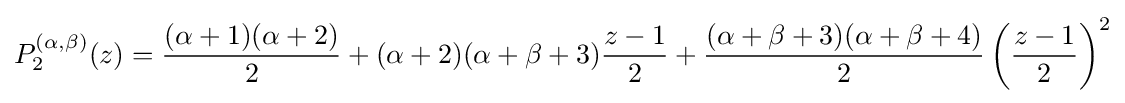
P_{2}^{(\alpha ,\beta )}(z)={\frac {(\alpha +1)(\alpha +2)}{2}}+(\alpha +2)(\alpha +\beta +3){\frac {z-1}{2}}+{\frac {(\alpha +\beta +3)(\alpha +\beta +4)}{2}}\left({\frac {z-1}{2}}\right)^{2}